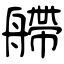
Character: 艜